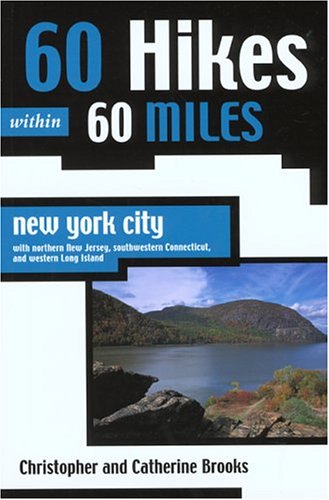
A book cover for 60 Hikes Within 60 Miles: New York City: With Northern New Jersey, Southwestern Connecticut, and Western Long Island; Christopher Brooks; Travel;